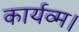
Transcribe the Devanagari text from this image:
कार्यव्म।